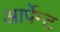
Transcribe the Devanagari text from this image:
आर्पेन्ट